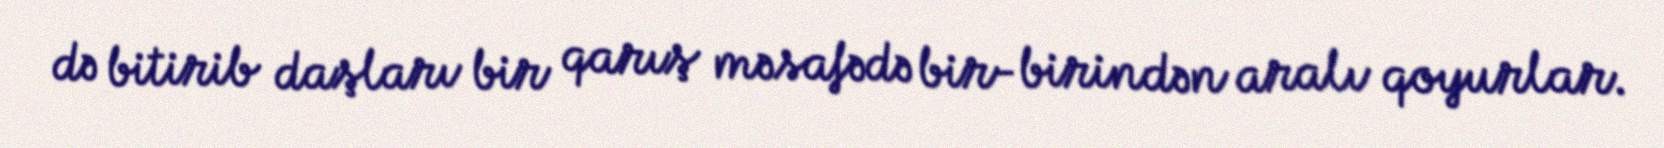
də bitirib daşları bir qarış məsafədə bir-birindən aralı qoyurlar.